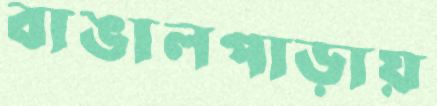
বাঙালপাড়ায়